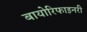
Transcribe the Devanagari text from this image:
बायोरिफाइनरी